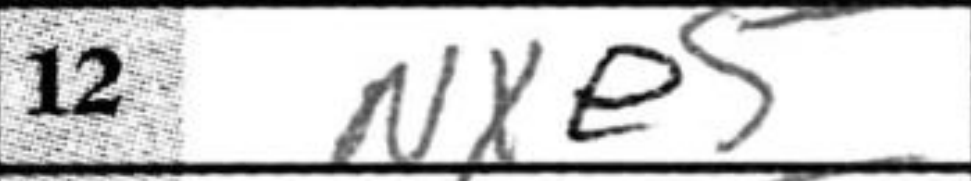
Transcription: Nxe5